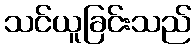
သင်ယူခြင်းသည်